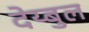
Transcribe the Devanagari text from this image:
देय्बुल